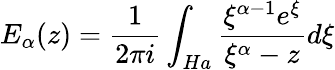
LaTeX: E_{\alpha}(z)=\frac{1}{2\pi i}\int_{Ha}\frac{\xi^{\alpha-1}e^{\xi}}{\xi^{\alpha}-z}d\xi